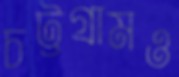
চট্টগ্রামও